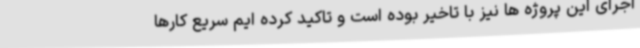
اجرای این پروژه ها نیز با تاخیر بوده است و تاکید کرده ایم سریع کارها